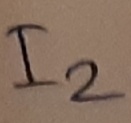
Text: I2